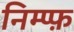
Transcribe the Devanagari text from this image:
निम्प्फ़